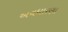
અવધારણા